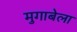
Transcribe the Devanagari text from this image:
मुगाबेला